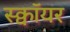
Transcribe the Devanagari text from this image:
स्क्वॉयर